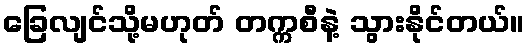
ခြေလျင်သို့မဟုတ် တက္ကစီနဲ့ သွားနိုင်တယ်။